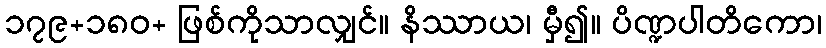
၁၇၉+၁၈၀+ ဖြစ်ကိုသာလျှင်။ နိဿာယ၊ မှီ၍။ ပိဏ္ဍပါတိကော၊